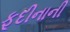
ફૂદીનાની